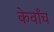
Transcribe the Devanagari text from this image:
केवाँच